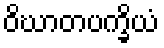
ဝိဃာတပက္ခိယံ